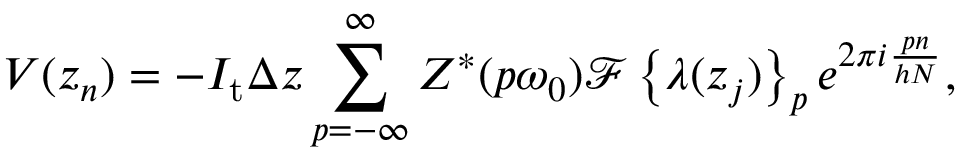
V ( z _ { n } ) = - I _ { \mathrm { t } } \Delta z \sum _ { p = - \infty } ^ { \infty } Z ^ { \ast } ( p \omega _ { 0 } ) \mathcal { F } \left\{ \lambda ( z _ { j } ) \right\} _ { p } e ^ { 2 \pi i \frac { p n } { h N } } ,